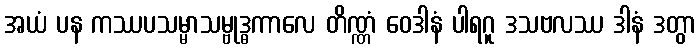
အယံ ပန ကဿပသမ္မာသမ္ဗုဒ္ဓကာလေ တိဏ္ဏံ ဝေဒါနံ ပါရဂူ ဒသဗလဿ ဒါနံ ဒတွာ